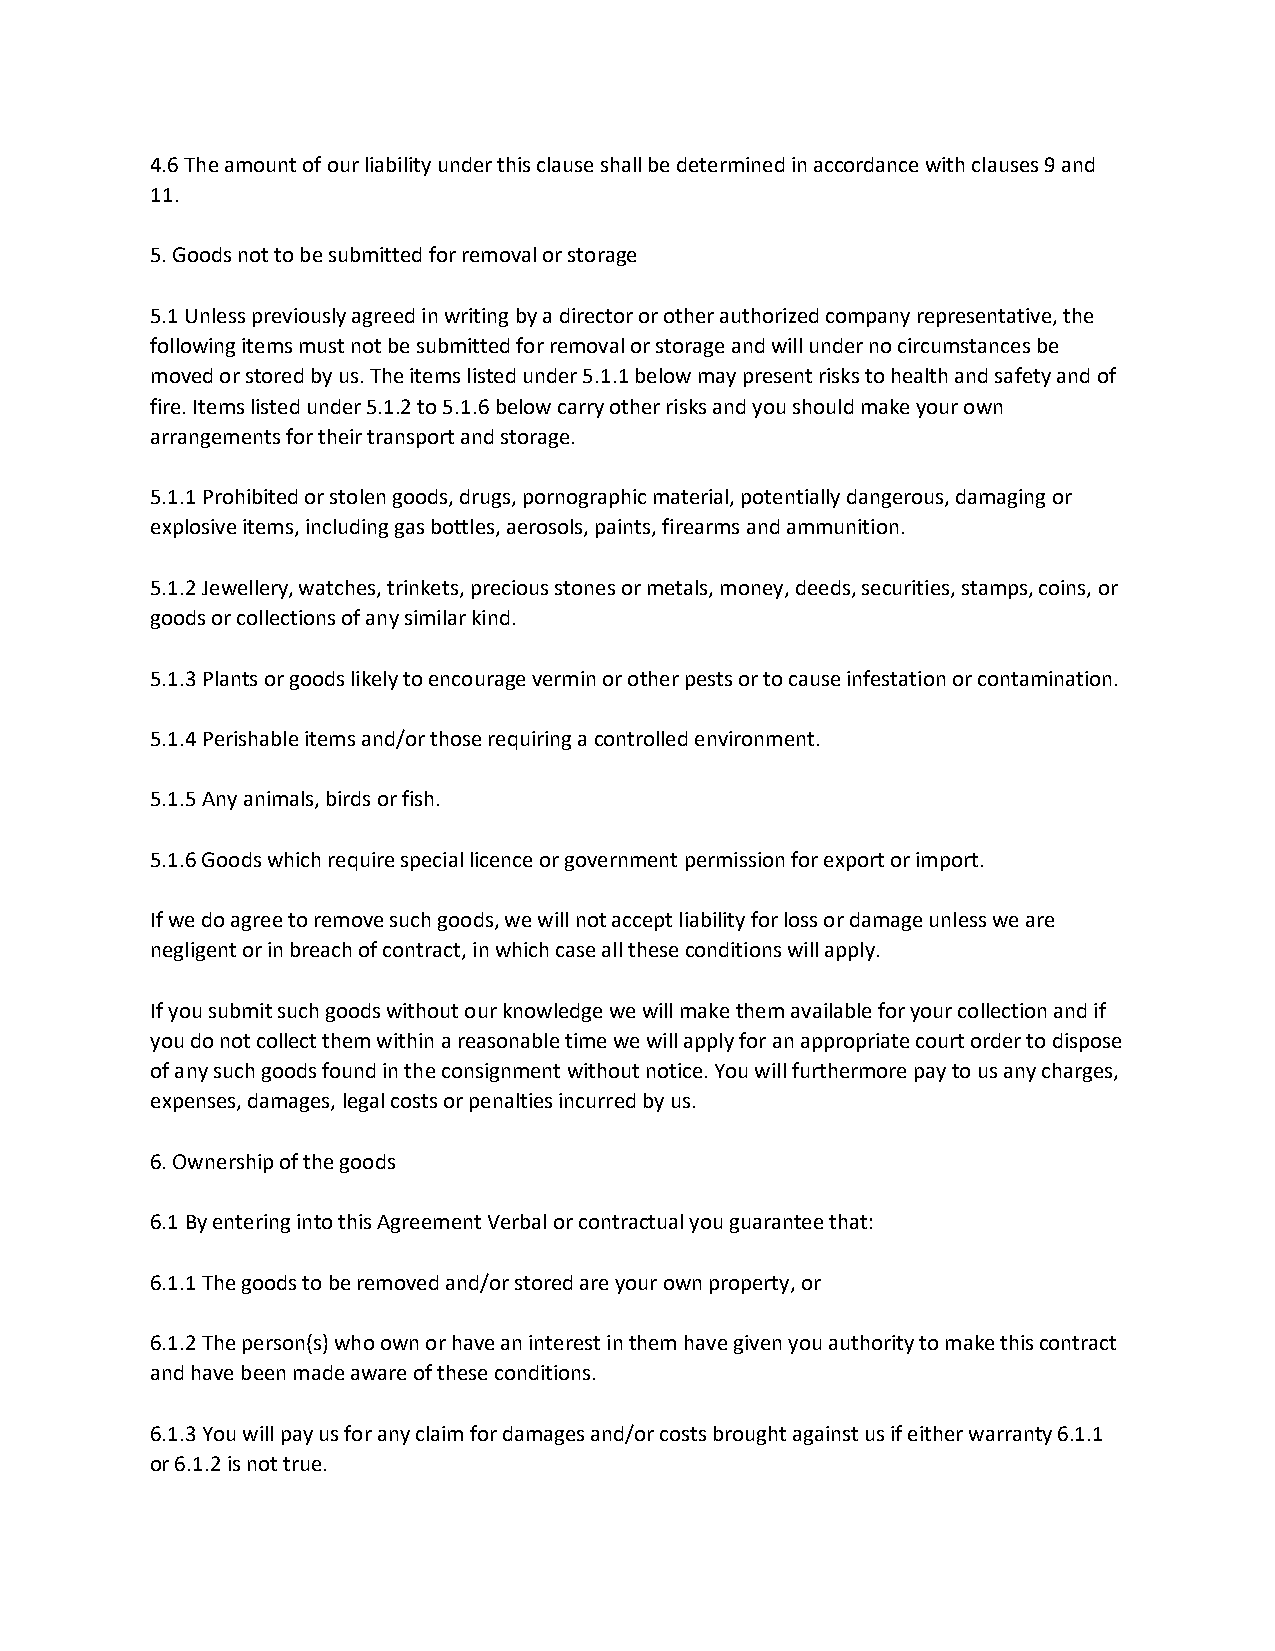
4.6 The amount of our liability under this clause shall be determined in accordance with clauses 9 and
 11.
 5. Goods not to be submitted for removal or storage
 5.1 Unless previously agreed in writing by a director or other authorized company representative, the
 following items must not be submitted for removal or storage and will under no circumstances be
 moved or stored by us. The items listed under 5.1.1 below may present risks to health and safety and of
 fire. Items listed under 5.1.2 to 5.1.6 below carry other risks and you should make your own
 arrangements for their transport and storage.
 5.1.1 Prohibited or stolen goods, drugs, pornographic material, potentially dangerous, damaging or
 explosive items, including gas bottles, aerosols, paints, firearms and ammunition.
 5.1.2 Jewellery, watches, trinkets, precious stones or metals, money, deeds, securities, stamps, coins, or
 goods or collections of any similar kind.
 5.1.3 Plants or goods likely to encourage vermin or other pests or to cause infestation or contamination.
 5.1.4 Perishable items and/or those requiring a controlled environment.
 5.1.5 Any animals, birds or fish.
 5.1.6 Goods which require special licence or government permission for export or import.
 If we do agree to remove such goods, we will not accept liability for loss or damage unless we are
 negligent or in breach of contract, in which case all these conditions will apply.
 If you submit such goods without our knowledge we will make them available for your collection and if
 you do not collect them within a reasonable time we will apply for an appropriate court order to dispose
 of any such goods found in the consignment without notice. You will furthermore pay to us any charges,
 expenses, damages, legal costs or penalties incurred by us.
 6. Ownership of the goods
 6.1 By entering into this Agreement Verbal or contractual you guarantee that:
 6.1.1 The goods to be removed and/or stored are your own property, or
 6.1.2 The person(s) who own or have an interest in them have given you authority to make this contract
 and have been made aware of these conditions.
 6.1.3 You will pay us for any claim for damages and/or costs brought against us if either warranty 6.1.1
 or 6.1.2 is not true.